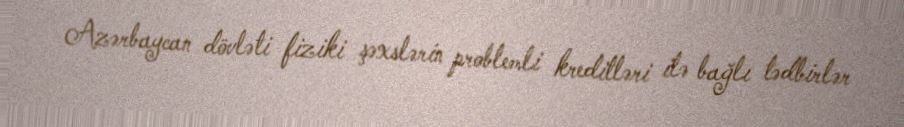
Azərbaycan dövləti fiziki şəxslərin problemli kreditləri ilə bağlı tədbirlər